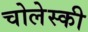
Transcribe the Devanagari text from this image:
चोलेस्की